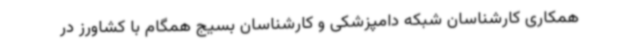
همکاری کارشناسان شبکه دامپزشکی و کارشناسان بسیج همگام با کشاورز در